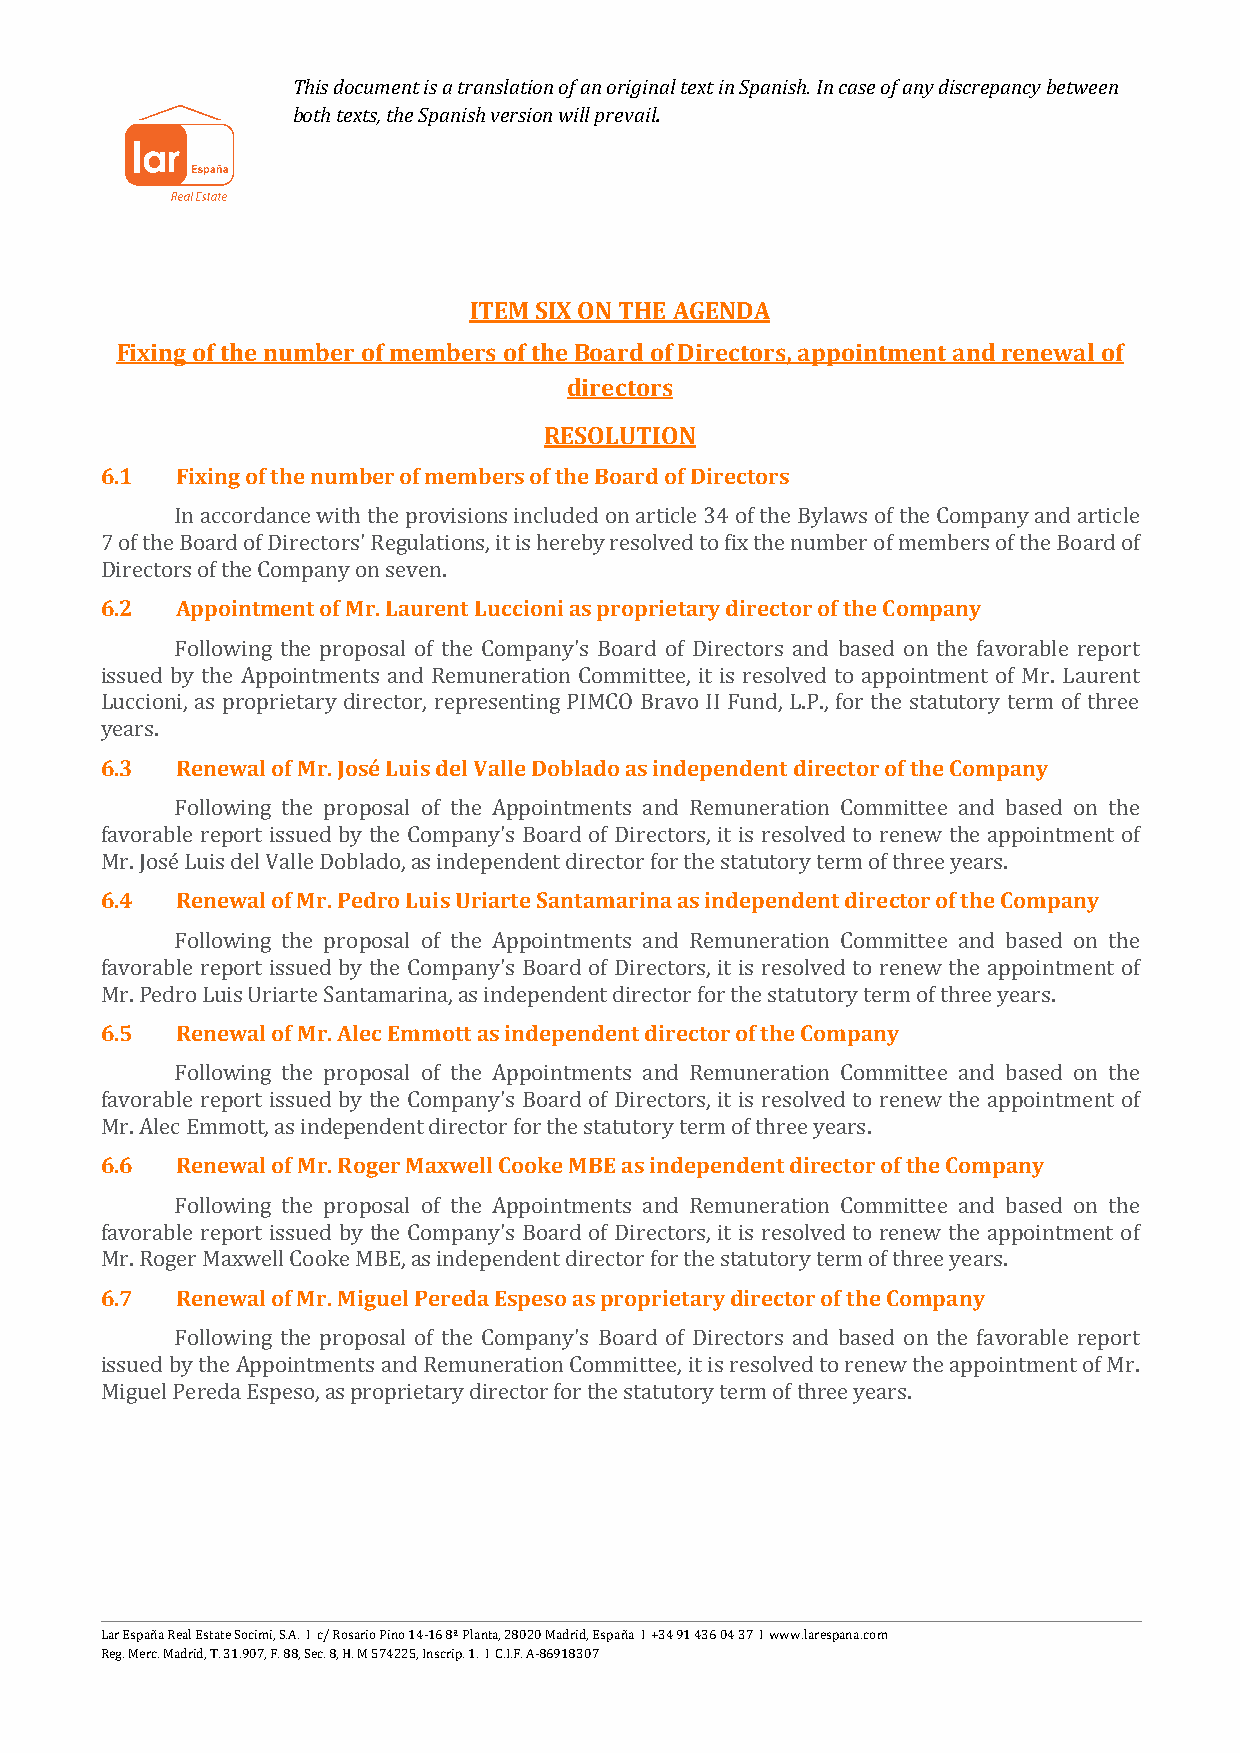
This document is a translation of an original text in Spanish. In case of any discrepancy between
 both texts, the Spanish version will prevail.
 ITEM SIX ON THE AGENDA
 Fixing of the number of members of the Board of Directors, appointment and renewal of
 directors
 RESOLUTION
 6.1  Fixing of the number of members of the Board of Directors
 In accordance with the provisions included on article 34 of the Bylaws of the Company and article
 7 of the Board of Directors' Regulations, it is hereby resolved to fix the number of members of the Board of
 6.2  Appointment of Mr. Laurent Luccioni as proprietary director of the Company
 Directors of the Company on seven.
 Following the proposal of the Company's Board of Directors and based on the favorable report
 issued by the Appointments and Remuneration Committee, it is resolved to appointment of Mr. Laurent
 Luccioni, as proprietary director, representing PIMCO Bravo II Fund, L.P., for the statutory term of three
 6.3  Renewal of Mr. José Luis del Valle Doblado as independent director of the Company
 years.
 Following the proposal of the Appointments and Remuneration Committee and based on the
 favorable report issued by the Company's Board of Directors, it is resolved to renew the appointment of
 6.4  Renewal of Mr. Pedro Luis Uriarte Santamarina as independent director of the Company
 Mr. José Luis del Valle Doblado, as independent director for the statutory term of three years.
 Following the proposal of the Appointments and Remuneration Committee and based on the
 favorable report issued by the Company's Board of Directors, it is resolved to renew the appointment of
 6.5  Renewal of Mr. Alec Emmott as independent director of the Company
 Mr. Pedro Luis Uriarte Santamarina, as independent director for the statutory term of three years.
 Following the proposal of the Appointments and Remuneration Committee and based on the
 favorable report issued by the Company's Board of Directors, it is resolved to renew the appointment of
 6.6  Renewal of Mr. Roger Maxwell Cooke MBE as independent director of the Company
 Mr. Alec Emmott, as independent director for the statutory term of three years.
 Following the proposal of the Appointments and Remuneration Committee and based on the
 favorable report issued by the Company's Board of Directors, it is resolved to renew the appointment of
 6.7  Renewal of Mr. Miguel Pereda Espeso as proprietary director of the Company
 Mr. Roger Maxwell Cooke MBE, as independent director for the statutory term of three years.
 Following the proposal of the Company's Board of Directors and based on the favorable report
 issued by the Appointments and Remuneration Committee, it is resolved to renew the appointment of Mr.
 Miguel Pereda Espeso, as proprietary director for the statutory term of three years.
 Lar España Real Estate Socimi, S.A. I c/ Rosario Pino 14-16 8ª Planta, 28020 Madrid, España I +34 91 436 04 37 I www.larespana.com
 Reg. Merc. Madrid, T. 31.907, F. 88, Sec. 8, H. M 574225, Inscrip. 1. I C.I.F. A-86918307